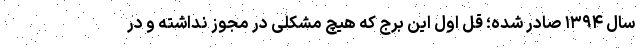
سال ۱۳۹۴ صادر شده؛ قلِ اول این برج که هیچ مشکلی در مجوز نداشته و در